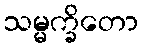
သမ္မက္ခိတော